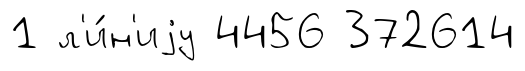
1 л'и́н'иjу 4456 372614